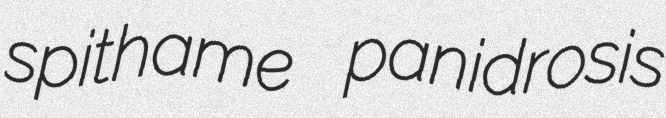
spithame panidrosis